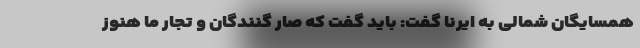
همسایگان شمالی به ایرنا گفت: باید گفت که صار گنندگان و تجار ما هنوز